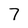
Character: 7